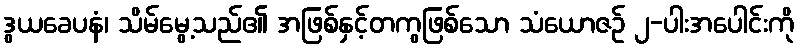
ဒွယခေပနံ၊ သိမ်မွေ့သည်၏ အဖြစ်နှင့်တကွဖြစ်သော သံယောဇဉ် ၂-ပါးအပေါင်းကို